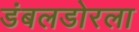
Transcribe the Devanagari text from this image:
डंबलडोरला